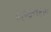
ભજનરસ